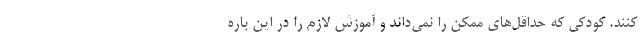
کنند. کودکی که حداقل‌های ممکن را نمی‌داند و آموزش لازم را در این باره